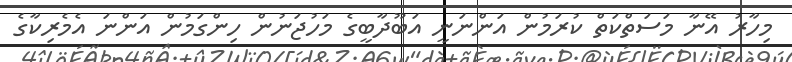
މިހާރު އޭނާ މަސަތްކަތް ކުރަމުން އަންނަނީ އަބޫދާބީގެ މަހުޖަނުން ހިންގަމުން އަންނަ އެމެރިކާގެ